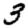
Digit: 3